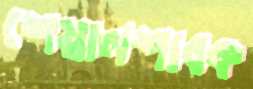
শেয়ালশাবক